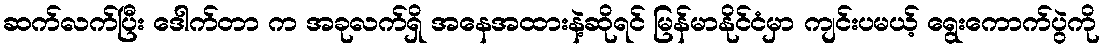
ဆက်လက်ပြီး ဒေါက်တာ က အခုလက်ရှိ အနေအထားနဲ့ဆိုရင် မြန်မာနိုင်ငံမှာ ကျင်းပမယ့် ရွေးကောက်ပွဲကို